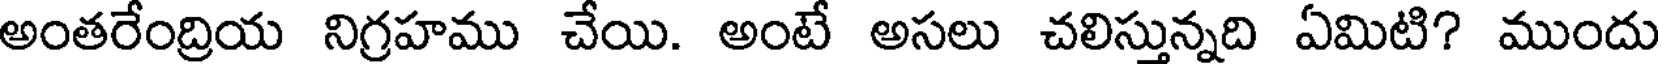
అంతరేంద్రియ నిగ్రహము చేయి. అంటే అసలు చలిస్తున్నది ఏమిటి? ముందు